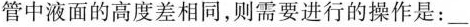
管中液面的高度差相同，则需要进行的操作是：___。